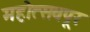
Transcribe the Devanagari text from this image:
महोत्सवपूर